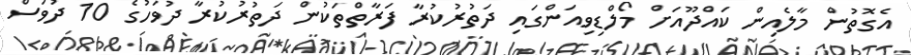
އެގޮތުން މާލެއިން ކައްދޫއަށް މޯލްޑިވިއަންގައި ދަތުރުކުރާ ފަރާތްތަކުން ދަތުރުކުރާ ދުވަހުގެ 10 ދުވަސް